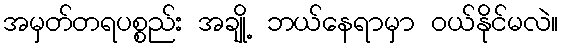
အမှတ်တရပစ္စည်း အချို့ ဘယ်နေရာမှာ ဝယ်နိုင်မလဲ။